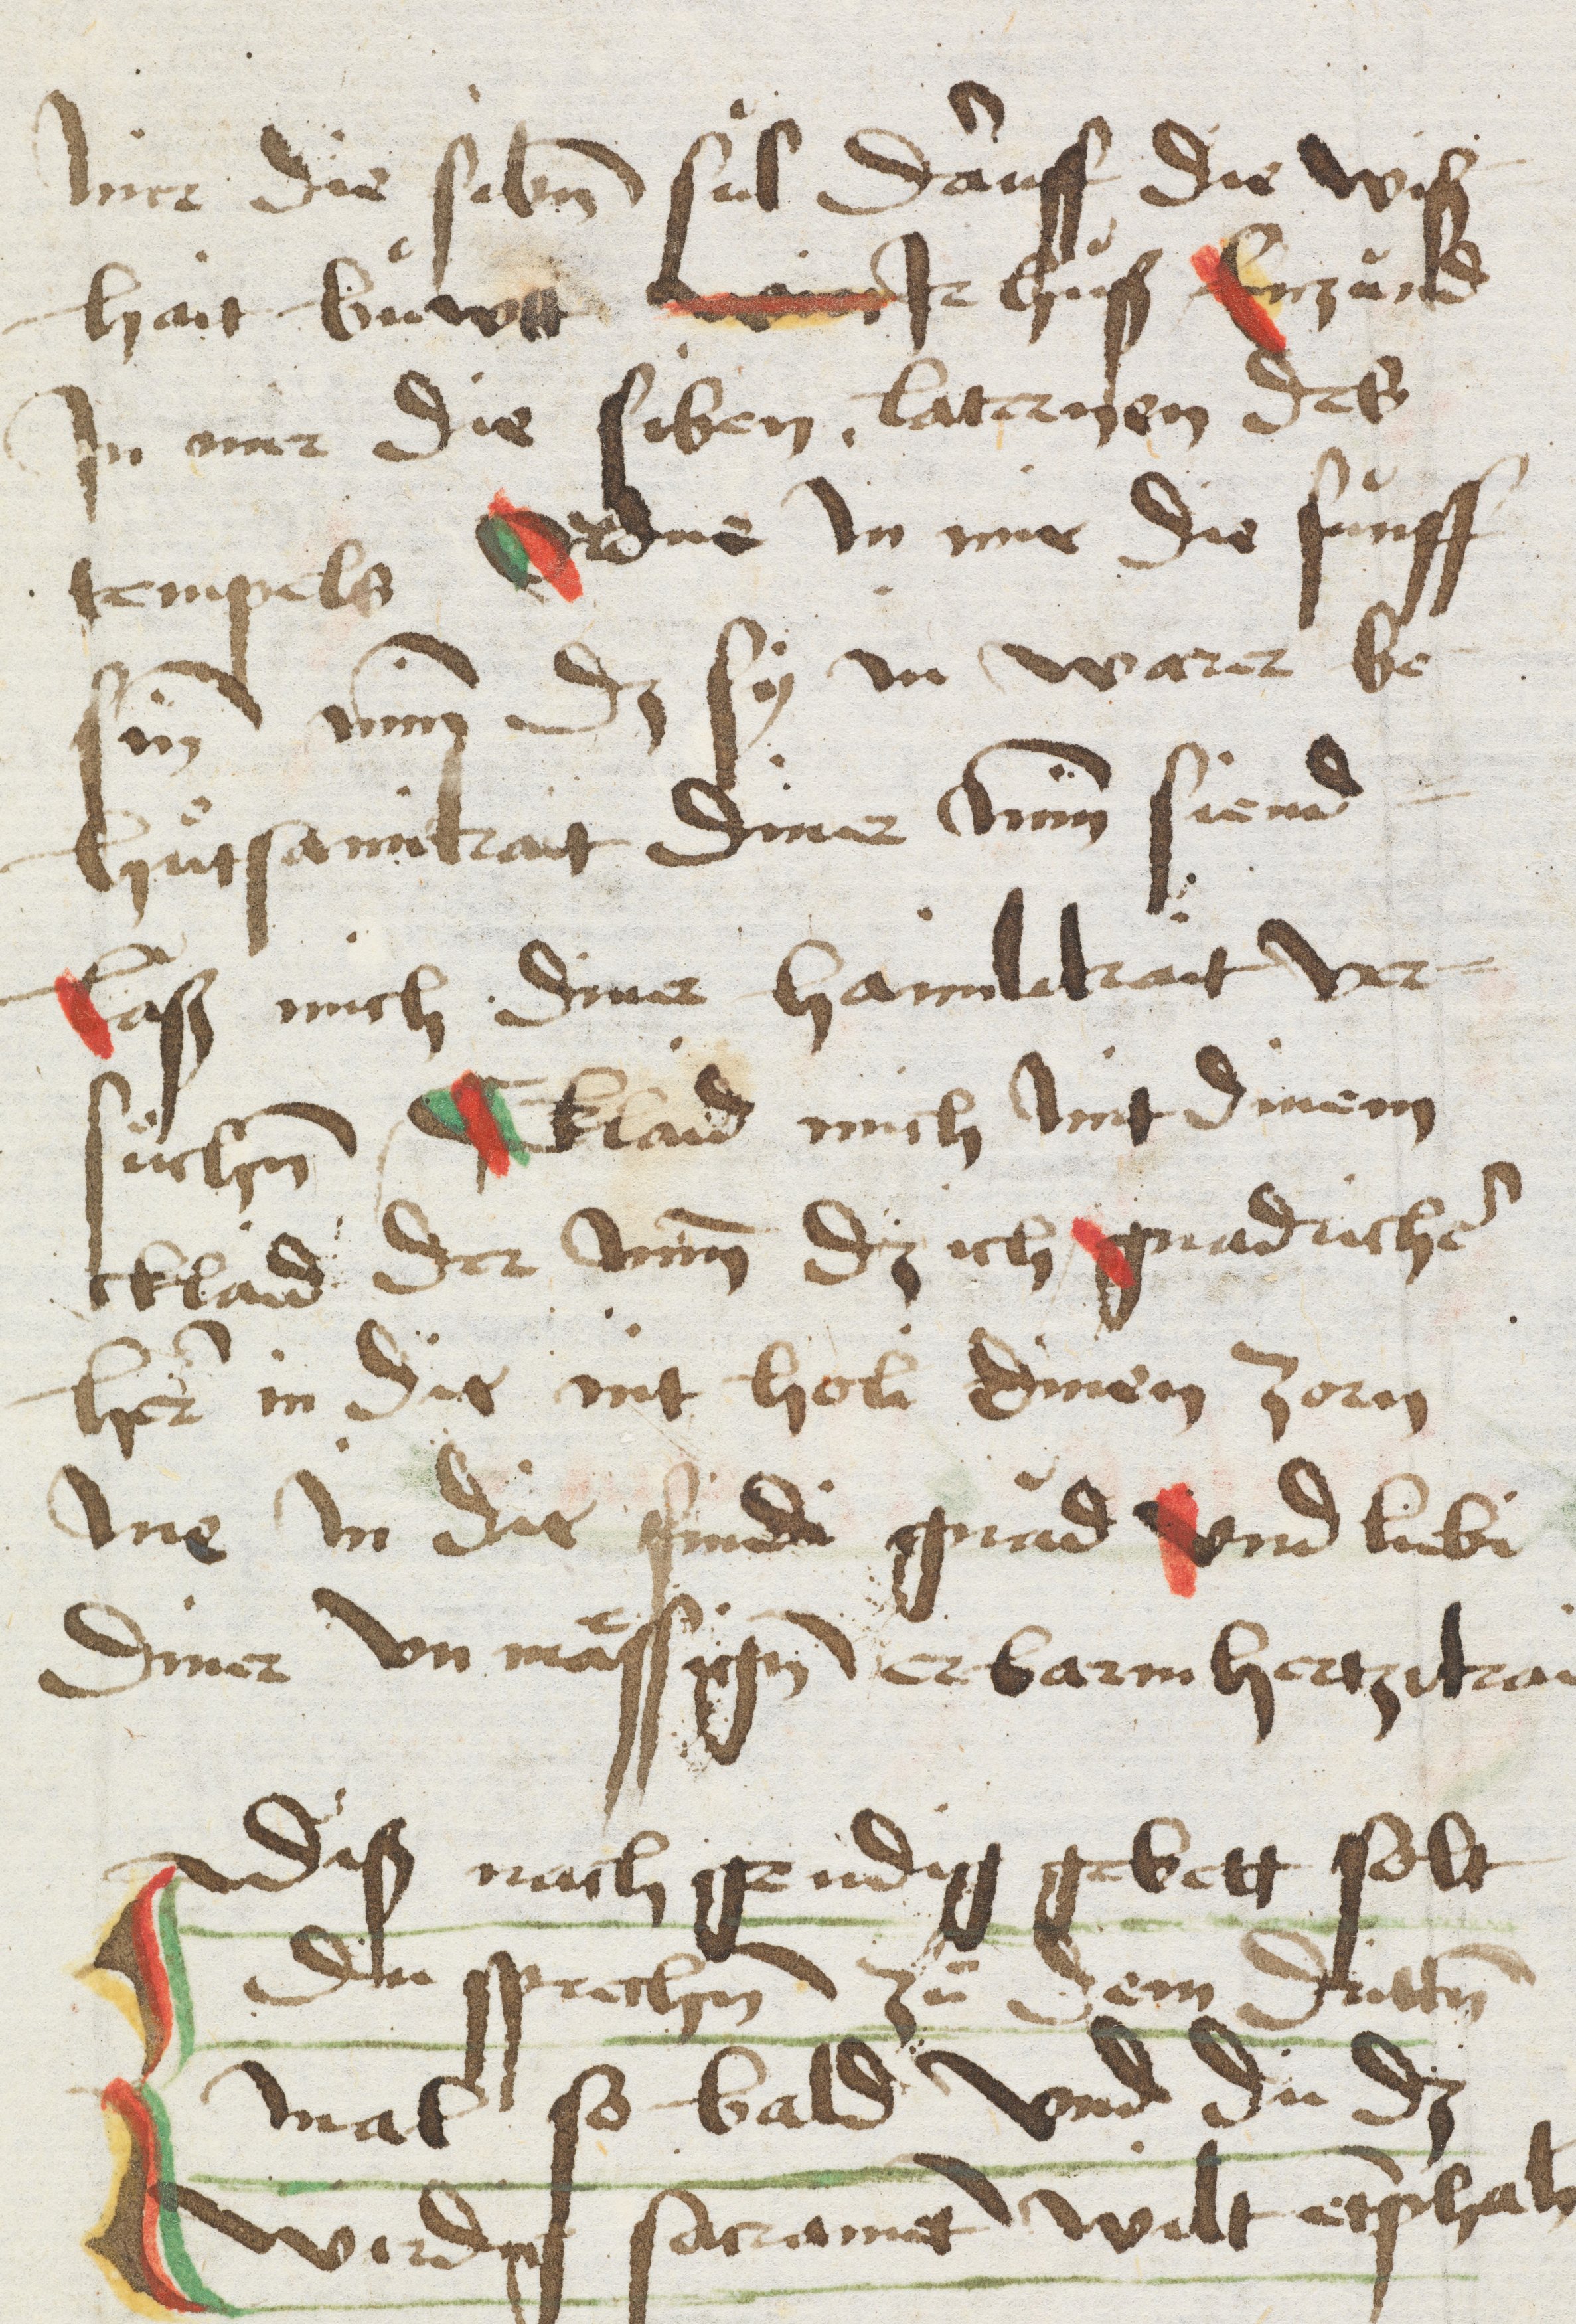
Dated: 1491–1505